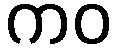
ကဝ